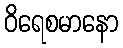
ဝိရေစမာနော